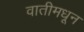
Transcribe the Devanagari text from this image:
वातीमधून